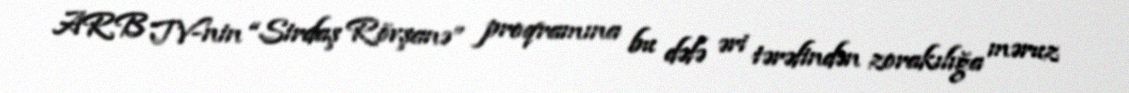
ARB TV-nin “Sirdaş Rövşanə” proqramına bu dəfə əri tərəfindən zorakılığa məruz